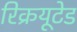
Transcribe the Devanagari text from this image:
रिक्रयूटेड